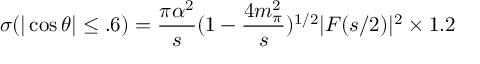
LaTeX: \sigma ( | \cos \theta | \leq . 6 ) = \frac { \pi \alpha ^ { 2 } } { s } ( 1 - \frac { 4 m _ { \pi } ^ { 2 } } { s } ) ^ { 1 / 2 } | F ( s / 2 ) | ^ { 2 } \times 1 . 2